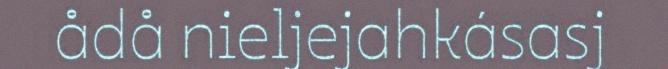
ådå nieljejahkásasj